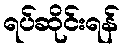
ရပ်ဆိုင်းရန်